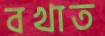
বখাত